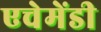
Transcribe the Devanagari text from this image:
एचेमेंडी